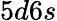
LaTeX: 5d6s